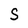
Character: S